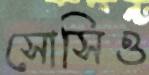
সোসিও